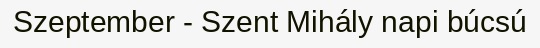
Szeptember - Szent Mihály napi búcsú